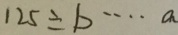
1 2 5 \div b \cdots a